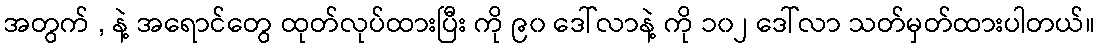
အတွက် , နဲ့ အရောင်တွေ ထုတ်လုပ်ထားပြီး ကို ၉၀ ဒေါ်လာနဲ့ ကို ၁၀၂ ဒေါ်လာ သတ်မှတ်ထားပါတယ်။